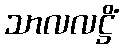
သာလလဋ္ဌိံ